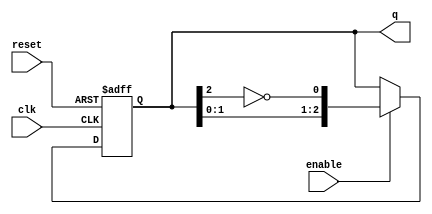
module johnson_counter #(
    parameter N = 3  // Number of bits in the Johnson counter
) (
    input wire clk,        // Clock signal
    input wire enable,     // Enable signal
    input wire reset,      // Asynchronous reset signal
    output reg [N-1:0] q   // Current state of the counter
);

    // Internal signals
    wire feedback;

    // Feedback is the inverted output of the last flip-flop
    assign feedback = ~q[N-1];

    always @(posedge clk or posedge reset) begin
        if (reset) begin
            // Asynchronous reset
            q <= 0;
        end else if (enable) begin
            // Update state on the rising edge of the clock if enabled
            q <= {q[N-2:0], feedback}; // Shift left and insert feedback
        end
        // If enable is low, the state will hold (no need to do anything)
    end

endmodule